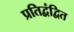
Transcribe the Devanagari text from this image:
प्रतिद्वंद्वित